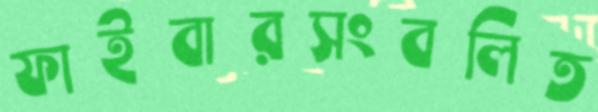
ফাইবারসংবলিত